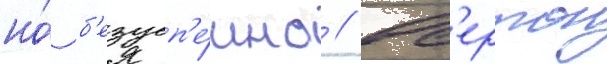
но́ б'езусп'е́шно // Ов'ертон